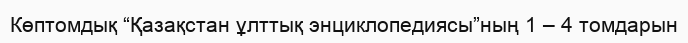
Көптомдық “Қазақстан ұлттық энциклопедиясы”ның 1 – 4 томдарын